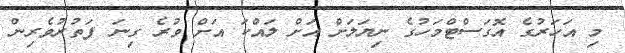
މި އަހަރުގެ އޮގަސްޓްމަހުގެ ނިޔަލަށް އަށް ލައްކަ އަށް ވުރެ ގިނަ ފަތުރުވެރިން